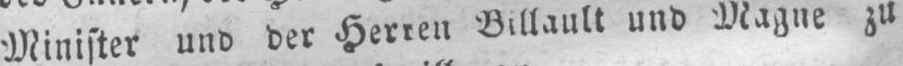
Minister und der Herren Billault und Magne zu